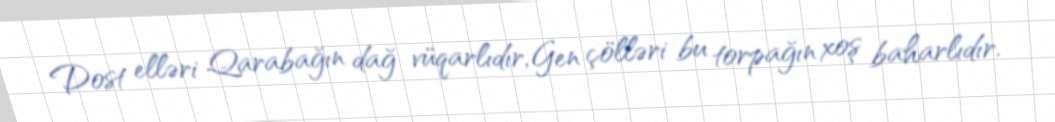
Dost elləri Qarabağın dağ vüqarlıdır, Gen çölləri bu torpağın xoş baharlıdır.